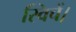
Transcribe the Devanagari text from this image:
स्विचें।